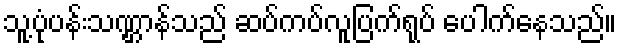
သူ့ပုံပန်းသဏ္ဌာန်သည် ဆပ်ကပ်လူပြက်ရုပ် ပေါက်နေသည်။